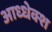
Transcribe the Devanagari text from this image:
आध्धेक्श